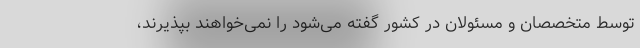
توسط متخصصان و مسئولان در کشور گفته می‌‌شود را نمی‌خواهند بپذیرند،